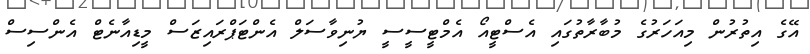
އޭގެ އިތުރުން މިއަހަރުގެ މުބާރާތުގައި އެސްޓީއޯ އެމްޓީސީސީ ޔުނިވާސަލް އެންޓަޕްރައިޒަސް މީޑިއާނެޓް އެންސިސް